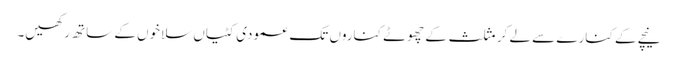
نیچے کے کنارے سے لے کر مثلث کے چھوٹے کناروں تک عمودی کٹیاں سلاخوں کے ساتھ رکھیں۔